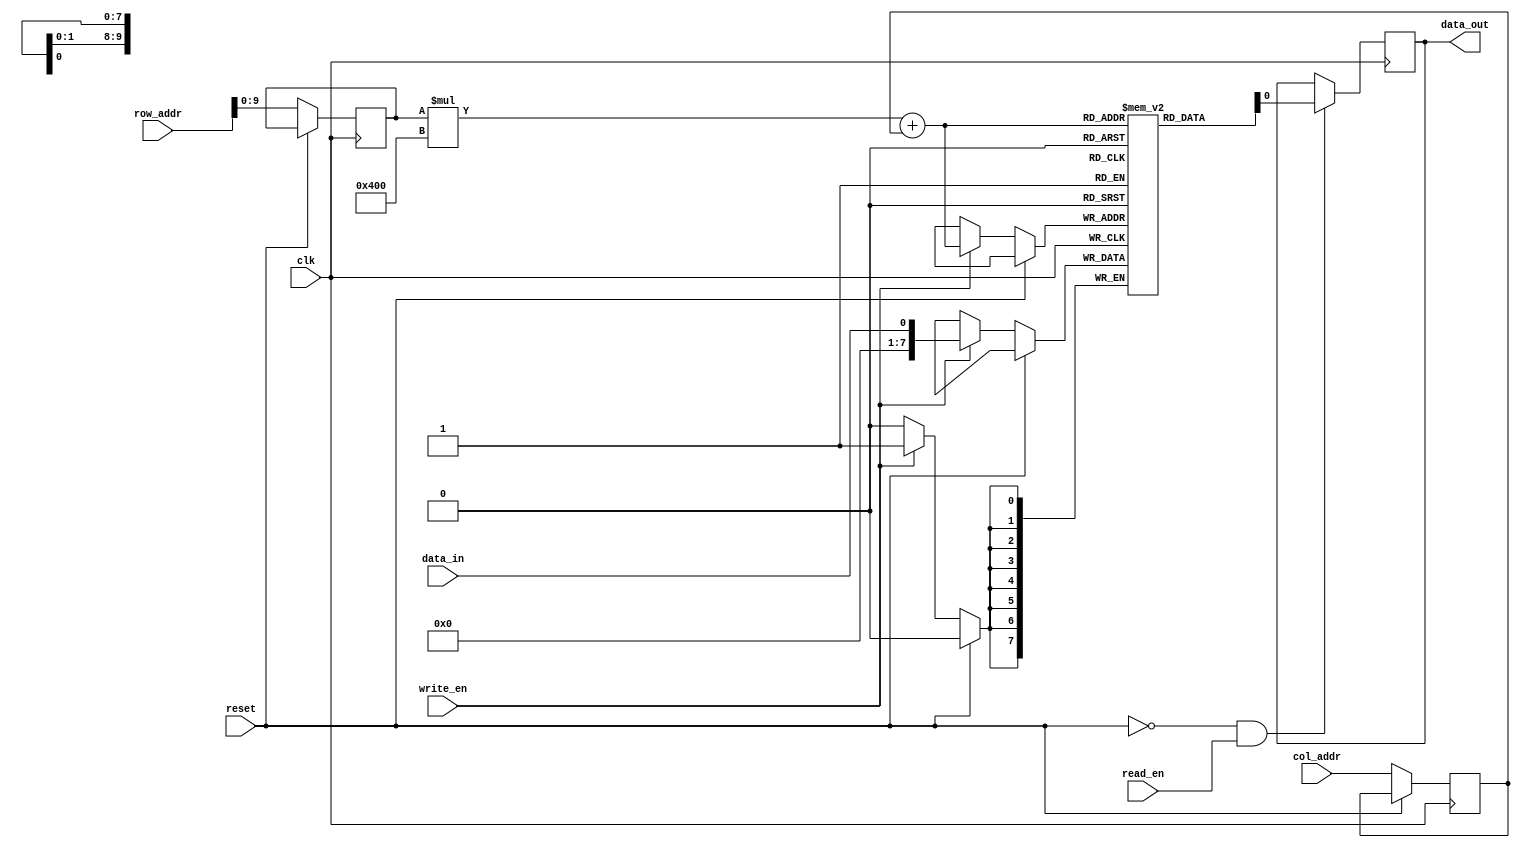
module dram (
    input wire clk,
    input wire reset,
    input wire read_en,
    input wire write_en,
    input wire[10:0] row_addr,
    input wire[9:0] col_addr,
    input wire data_in,
    output reg data_out
);

// Memory cell array structure
reg [7:0] mem[1023:0];

// Row address decoder
reg [9:0] selected_row;
always @(posedge clk)
    if (!reset)
        selected_row <= row_addr;

// Column address decoder
reg [9:0] selected_col;
always @(posedge clk)
    if (!reset)
        selected_col <= col_addr;

// Sense amplifier
always @(posedge clk)
    if (!reset && read_en)
        data_out <= mem[selected_row*1024 + selected_col];

// Control logic
always @(posedge clk)
    if (!reset)
        if (write_en)
            mem[selected_row*1024 + selected_col] <= data_in;

endmodule